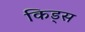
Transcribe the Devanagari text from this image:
किड्‍स